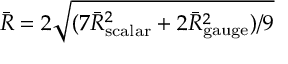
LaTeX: \bar { R } = 2 \sqrt { ( 7 \bar { R } _ { \mathrm { s c a l a r } } ^ { 2 } + 2 \bar { R } _ { \mathrm { g a u g e } } ^ { 2 } ) / 9 }